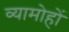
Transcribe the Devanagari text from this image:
व्यामोहों